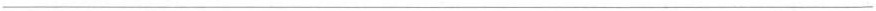
___